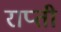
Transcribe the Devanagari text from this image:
राप्‍ती